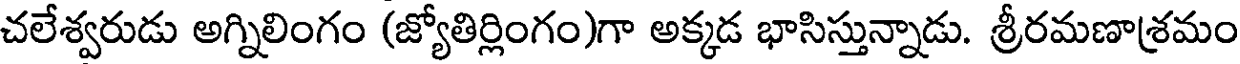
చలేశ్వరుడు అగ్నిలింగం (జ్యోతిర్లింగం)గా అక్కడ భాసిస్తున్నాడు. శ్రీరమణాశ్రమం